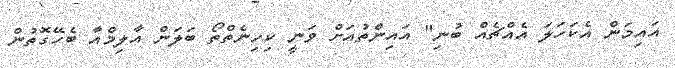
އައިމަން އެކަހަލަ އެއްޗެއް ބުނި" އައިންތުއަށް ވަނީ ކިހިނެތްތޯ ބަލަން އާލިމްއާ ބެހޭގޮތުން